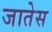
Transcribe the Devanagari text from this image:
जातेस